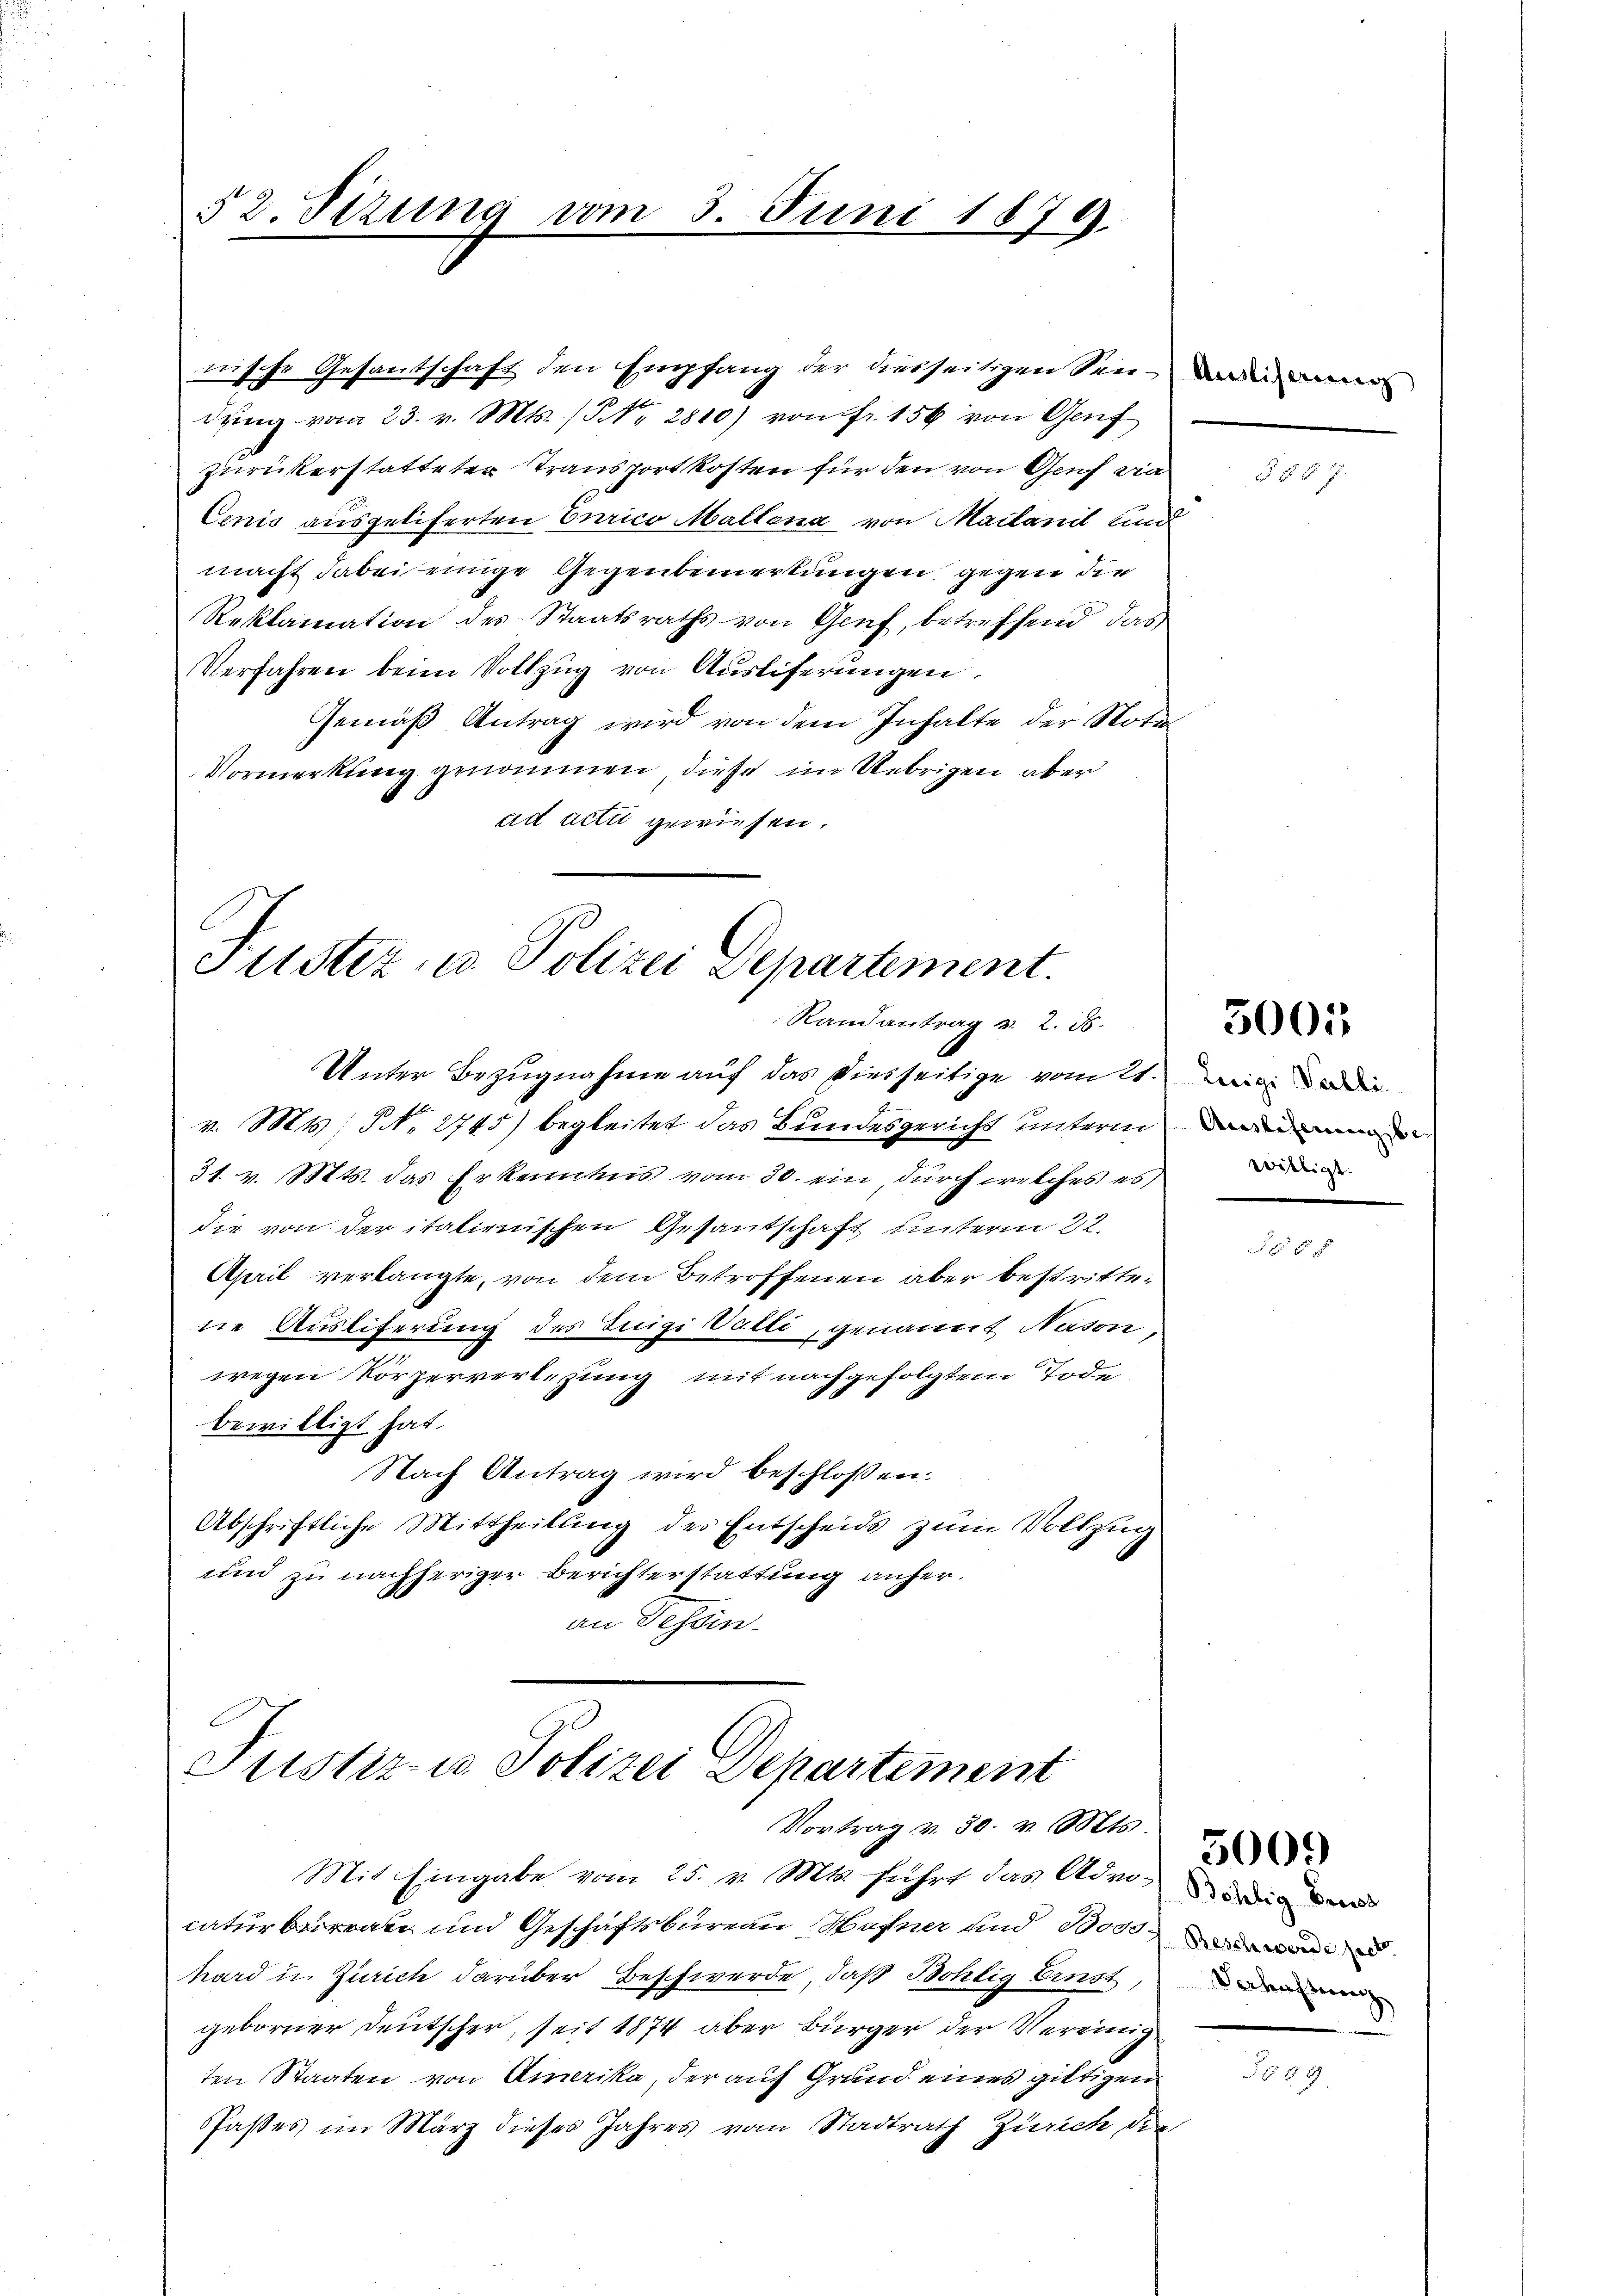
52 Sizung vom 3. Juni 1879.
C

zurückerstatteter Transportkosten für den von Genf die
Cenis ausgeliferten Curico Mallena von Mailanit und
macht dabei einige Gegenbemerkungen gegen die
Reklamation des Staatsraths von Genf, betreffend das
Verfahren beim Vollzug von Auslieferungen.
Gemäß Antrag wird von dem Inhalte der Nota¬
Vormerkung genommen, diese in Uebrigen aber
ad acta gewiesen.

Justiz- u. Polizei Departement.
Randantrag v. 2. d.
Unter Bezugnahme auf das diesseitige vom 21. Die die

v. Mts. NNo. 2745) begleitet das Bundesgericht unterm
31. v. Mts. das Erkenntnis vom 30. ein durch welches es ein
die von der italienischen Gesantschaft unterm 22.
April verlangte, von dem Betroffenen aber bestrittene Ausliferung des Luigi Valli, genannt Nason
wegen Körperverlegung mit nachgefolgtem Tode
bewilligt hat.
Nach Antrag wird beschlossen:
Abschriftliche Mittheilung des Entscheids zum Vollzug
und zu nachheriger Berichterstattung anher.
an Tessin

dŭng vom 23. v. Mts. / NNo. 2810) von Fr. 156 von Genf

nische Gesantschaft den Empfang der diesseitigen sei de

Justiz- u Polizei Departement
Vortrag v. 30. v. Mts.

Mit Eingabe vom 25. v. Mts. führt das Adm¬ die dar
caturbeorrate und Geschäftsbureau Hafner und Bode
hard in Zürich darüber Beschwerde, daß Bohlig Ernst, m
geborner Deutscher, seit 1874 aber Bürger der Vereinigten Staaten von Amerika, der auf Grund eines giltigen
Paßes im März dieses Jahres vom Stadtrath Zürich die

§§§ 7.

5005

o

5009

9.